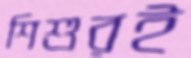
শিশুরই